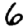
Digit: 6